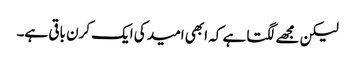
لیکن مجھے لگتا ہے کہ ابھی امید کی ایک کرن باقی ہے۔